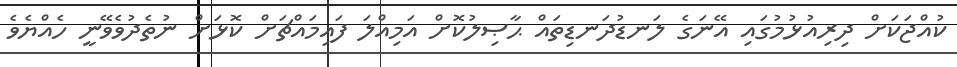
ކުއްޖަކަށް ދިރިއުޅުމުގައި އޭނަގެ ލަނޑުދަނޑިތައް ޙާޞިލުކޮށް އަމިއްލަ ފައިމައްޗަށް ކޮޅަށް ނުތެދުވެވޭނީ ހެއްޔެވެ